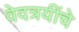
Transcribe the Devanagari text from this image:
वेदत्रयींचे